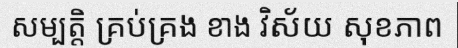
សម្បត្តិ គ្រប់គ្រង ខាង វិស័យ សុខភាព